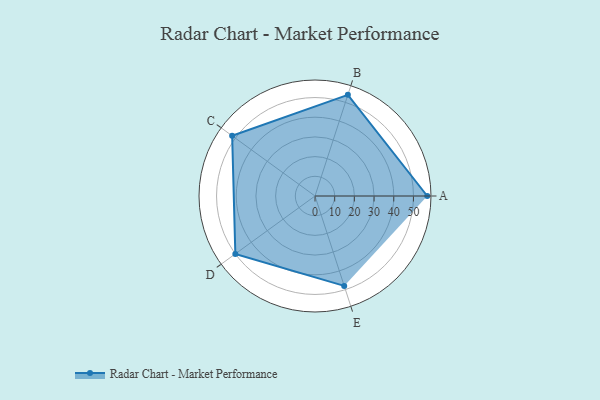
{"axis": {"x": "Skill", "y": "Score"}, "legend": ["Profile"], "data": [{"x": "A", "y": 57.0, "type": "Profile"}, {"x": "B", "y": 54.0, "type": "Profile"}, {"x": "C", "y": 52.0, "type": "Profile"}, {"x": "D", "y": 50.0, "type": "Profile"}, {"x": "E", "y": 48.0, "type": "Profile"}]}